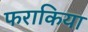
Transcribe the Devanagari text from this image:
फराकिया